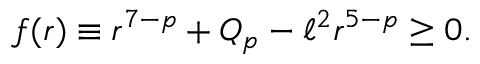
f ( r ) \equiv r ^ { 7 - p } + Q _ { p } - \ell ^ { 2 } r ^ { 5 - p } \ge 0 .